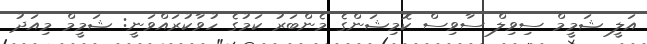
އަލީ ޝަމީމް ސިވިލް ސާވިސް ކޮމިޝަންގެ މެންބަރު ކަމުގެ ހުވާކުރައްވަނީ: ޝަމީމް މިއަދު